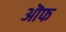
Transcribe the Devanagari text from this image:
ऒफ